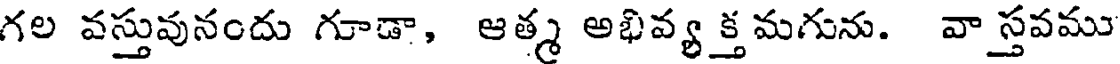
గల వస్తువునందు గూడా, ఆత్మ అభివ్య క్త మగును. వా స్తవము